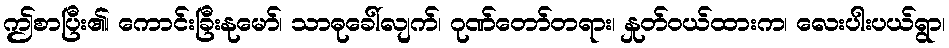
ဤစာပြီး၏၊ ကောင်းခြီးနုမော်၊ သာဓုခေါ်လျက်၊ ဂုဏ်တော်တရား၊ နှုတ်ဝယ်ထားက၊ လေးပါးပယ်ရွာ၊